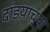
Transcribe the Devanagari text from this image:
दांडय़ाच्या